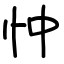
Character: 忡